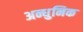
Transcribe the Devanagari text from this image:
अन्धुनिक